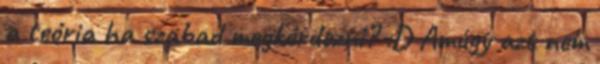
a teória ha szabad megkérdezni? :D Amúgy azt nem